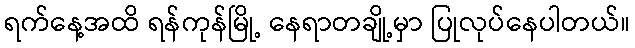
ရက်နေ့အထိ ရန်ကုန်မြို့ နေရာတချို့မှာ ပြုလုပ်နေပါတယ်။